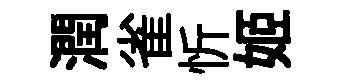
潤雀忻姬